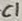
Text: C1